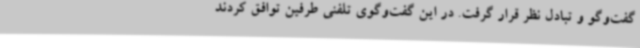
گفت‌وگو و تبادل نظر قرار گرفت. در این گفت‌وگوی تلفنی طرفین توافق کردند